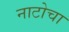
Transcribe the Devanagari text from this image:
नाटोचा